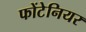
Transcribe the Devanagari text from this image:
फोंटेनियर